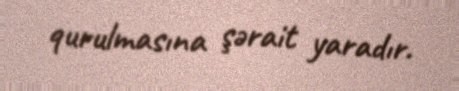
qurulmasına şərait yaradır.